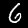
Digit: 6